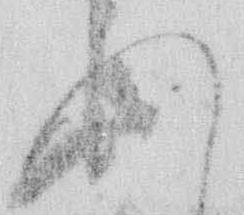
れ